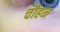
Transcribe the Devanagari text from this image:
चौहन